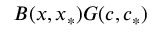
B ( x , x _ { * } ) G ( c , c _ { * } )